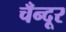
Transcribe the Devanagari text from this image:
चँन्दूर